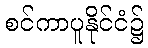
စင်ကာပူနိုင်ငံ၌